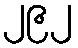
၂၉၂